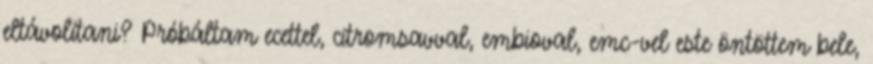
eltávolítani? Próbáltam ecettel, citromsavval, embioval, emc-vel este öntöttem bele,